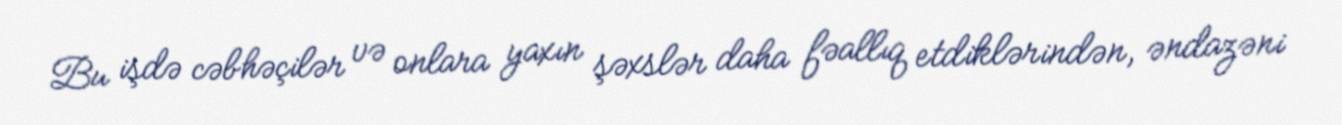
Bu işdə cəbhəçilər və onlara yaxın şəxslər daha fəallıq etdiklərindən, əndazəni